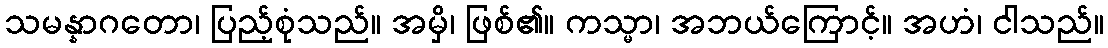
သမန္နာဂတော၊ ပြည့်စုံသည်။ အမှိ၊ ဖြစ်၏။ ကသ္မာ၊ အဘယ်ကြောင့်။ အဟံ၊ ငါသည်။